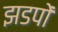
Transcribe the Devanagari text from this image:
झडपों